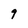
Character: 9